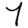
Digit: 7